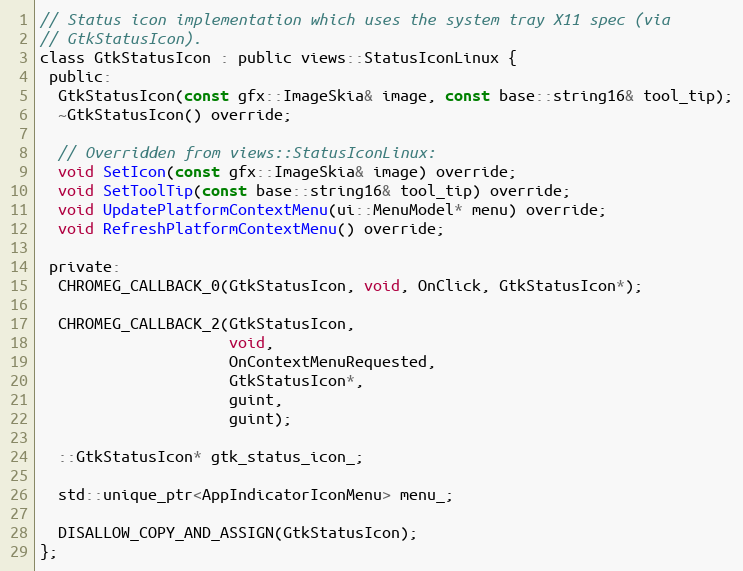
Language: C
// Status icon implementation which uses the system tray X11 spec (via
// GtkStatusIcon).
class GtkStatusIcon : public views::StatusIconLinux {
 public:
  GtkStatusIcon(const gfx::ImageSkia& image, const base::string16& tool_tip);
  ~GtkStatusIcon() override;

  // Overridden from views::StatusIconLinux:
  void SetIcon(const gfx::ImageSkia& image) override;
  void SetToolTip(const base::string16& tool_tip) override;
  void UpdatePlatformContextMenu(ui::MenuModel* menu) override;
  void RefreshPlatformContextMenu() override;

 private:
  CHROMEG_CALLBACK_0(GtkStatusIcon, void, OnClick, GtkStatusIcon*);

  CHROMEG_CALLBACK_2(GtkStatusIcon,
                     void,
                     OnContextMenuRequested,
                     GtkStatusIcon*,
                     guint,
                     guint);

  ::GtkStatusIcon* gtk_status_icon_;

  std::unique_ptr<AppIndicatorIconMenu> menu_;

  DISALLOW_COPY_AND_ASSIGN(GtkStatusIcon);
};